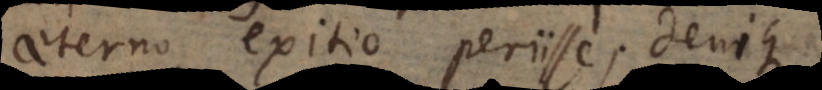
aeterno exitio periisse; denique